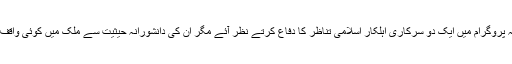
بلاشبہ پروگرام میں ایک دو سرکاری اہلکار اسلامی تناظر کا دفاع کرتے نظر آئے مگر ان کی دانشورانہ حیثیت سے ملک میں کوئی واقف نہیں۔